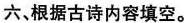
六，根据古诗内容填空。